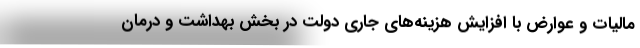
مالیات و عوارض با افزایش هزینه‌های جاری دولت در بخش بهداشت و درمان